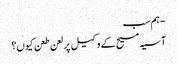
- ہم سب
آسیہ مسیح کے وکیل پر لعن طعن کیوں؟